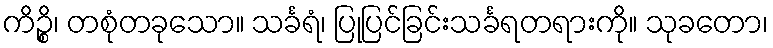
ကိဉ္စိ၊ တစုံတခုသော။ သင်္ခရံ၊ ပြုပြင်ခြင်းသင်္ခရတရားကို။ သုခတော၊